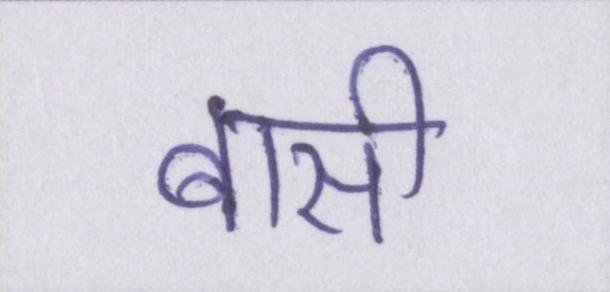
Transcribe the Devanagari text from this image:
बासी